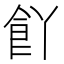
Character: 𮨸